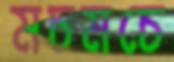
মচমচে